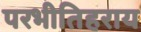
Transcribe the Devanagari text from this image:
परभीतिहराय